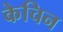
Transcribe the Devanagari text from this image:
केचिन